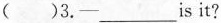
( )3. -___is it?